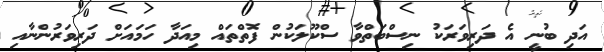
އަދި ބުނީ އެ ދަރިވަރަކު ނިސްބަތްވާ ސްކޫލަކުން ފޮތްތައް މިއަދާ ހަމައަށް ދަރިވަރުންނާއި